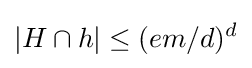
|H\cap h|\leq (em/d)^{d}